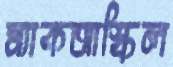
ম্যাকআস্কিল